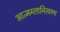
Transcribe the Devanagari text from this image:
आत्मग्लानिस्वरूप